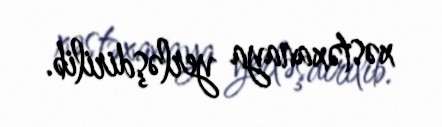
xəstəxanaya yerləşdirilib.